Indian journal of veterinary science and animal husbandry - Volumes 15-17, 1948-1951
Year: 1948
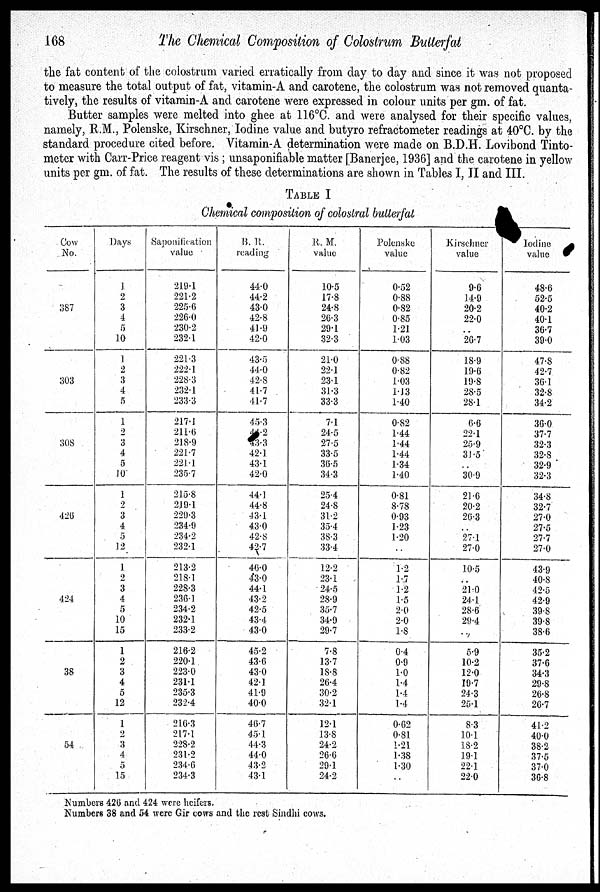
168
The Chemical Composition of Colostrum Butterfat
the fat content of the colostrum varied erratically from day to day and since it was not proposed
to measure the total output of fat, vitamin-A and carotene, the colostrum was not removed quanta-
tively, the results of vitamin-A and carotene were expressed in colour units per gm. of fat.
Butter samples were melted into ghee at 116°C. and were analysed for their specific values,
namely, R.M., Polenske, Kirschner, Iodine value and butyro refractometer readings at 40°C. by the
standard procedure cited before. Vitamin-A determination were made on B.D.H. Lovibond Tinto-
meter with Carr-Price reagent vis; unsaponifiable matter [Banerjee, 1936] and the carotene in yellow
units per gm. of fat. The results of these determinations are shown in Tables I, II and III.
TABLE I
Chemical composition of colostral bullerfat
Cow
No.
387
303
308
426
424
38
54
Days
1
2
3
4
5
10
1
2
3
4
5
1
2
3
4
5
10
1
2
3
4
5
12
1
2
3
4
5
10
15
1
2
3
4
5
12
1
2
3
4
5
15
Saponification
value
219.1
221.2
225.6
226.0
230.2
232.1
221.3
222.1
228.3
232.1
233.3
217.3
211.6
218.9
221.7
221.1
235.7
215.8
219.1
229.3
234.9
234.2
232.1
213.2
218.1
228.3
236.1
234.2
232.1
233.2
216.2
220.1
223.0
231.1
235.3
232.4
216.3
217.1
228.2
231.2
234.6
234.3
B. R.
reading
44.0
44.2
43.0
42.8
41.9
42.0
43.5
44.0
42.8
41.7
41.7
45.3
44.2
43.3
42.1
43.1
42.0
44.1
44.8
43.1
43.0
42.8
42.7
46.0
43.0
44.1
43.2
42.5
43.4
43.0
45.2
43.6
43.0
42.1
41.9
40.0
46.7
45.1
44.3
44.0
43.2
43.1
R. M.
value
10.5
17.8
24.8
26.3
29.1
32.3
21.0
22.1
23.1
31.3
33.3
7.1
24.5
27.5
33.5
36.5
34.3
25.4
24.8
31.2
35.4
38.3
33.4
12.2
23.1
24.5
28.9
35.7
34.9
29.7
7.8
13.7
18.8
26.4
30.2
32.1
12.1
13.8
24.2
26.6
29.1
24.2
Polenske
value
0.52
0.88
0.82
0.85
1.21
1.03
0.88
0.82
1.03
1.13
1.40
0.82
1.44
1.44
1.44
1.34
1.40
0.81
8.78
0.93
1.23
1.20
..
1.2
1.7
1.2
1.5
2.0
2.0
1.8
0.4
0.9
1.0
1.4
1.4
1.4
0.62
0.81
1.21
1.38
1.30
..
Kirschner
value
9.6
14.9
20.2
22.0
..
26.7
18.9
19.6
19.8
28.5
28.1
6.6
22.1
25.9
31.5
..
30.9
21.6
20.2
26.3
..
27.1
27.0
10.5
..
21.0
24.1
28.6
29.4
..
5.9
10.2
12.0
19.7
24.3
25.1
8.3
10.1
18.2
19.1
22.1
22.0
Iodine
value
48.6
52.5
40.2
40.1
36.7
39.0
47.8
42.7
36.1
32.8
34.2
36.0
37.7
32.3
32.8
32.9
32.3
34.8
32.7
27.0
27.5
27.7
27.0
43.9
40.8
42.5
42.9
39.8
39.8
38.6
35.2
37.6
34.3
29.8
26.8
26.7
41.2
40.0
38.2
37.5
37.0
36.8
Numbers 426 and 424 were heifers.
Numbers 38 and 54 were Gir cows and the rest Sindhi cows.